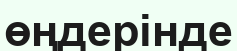
өңдерінде